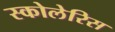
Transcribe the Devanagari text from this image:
स्कोलेरिस